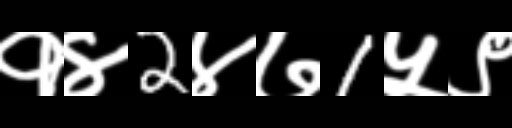
Text: १४2४७1५९